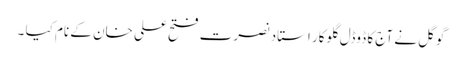
گوگل نے آج کا ڈوڈل گلوکار استاد نصرت فتح علی خان کے نام کیا ۔